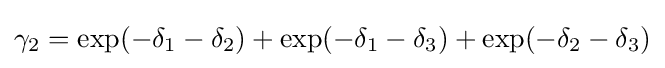
\gamma _{2}=\exp(-\delta _{1}-\delta _{2})+\exp(-\delta _{1}-\delta _{3})+\exp(-\delta _{2}-\delta _{3})